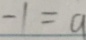
- 1 = a